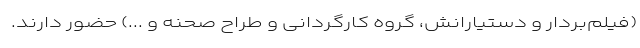
(فیلم‌بردار و دستیارانش، گروه کارگردانی و طراح صحنه و ...) حضور دارند.